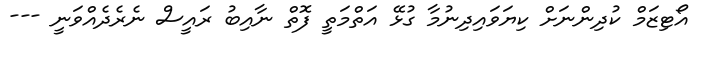
އޯޓިޒަމް ކުދިންނަށް ކިޔަވައިދިނުމާ ގުޅޭ އަތްމަތީ ފޮތް ނާއިބު ރައީސް ނެރެދެއްވަނީ ---